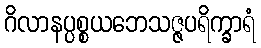
ဂိလာနပ္ပစ္စယဘေသဇ္ဇပရိက္ခာရံ